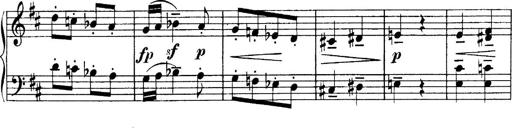
Title: 4 Sonatines
Composer: Max Reger